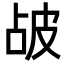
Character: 𤿝